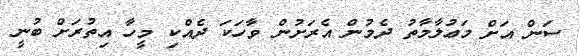
ސަން އަށް މަޢުލާމާތު ދެމުން އެރަށުން ވާހަކަ ދެއްކި މީހާ އިތުރަށް ބުނީ